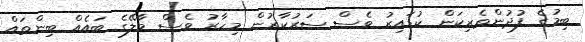
ބިމުގެ ފުދުންތެރިކަން ކުޑައިރު ވެސް ސަރުކާރުން މިހާރު ވެސް މާލޭގެ ބައެއް ބިންތައް